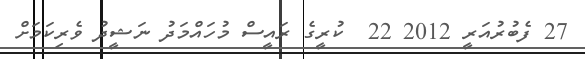
27 ފެބުރުއަރީ 2012 22  ކުރީގެ ރައީސް މުހައްމަދު ނަޝީދު ވެރިކަމަށް